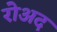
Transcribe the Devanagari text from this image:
रोअद